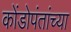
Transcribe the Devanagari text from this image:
कोंडोपंतांच्या